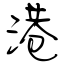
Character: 港